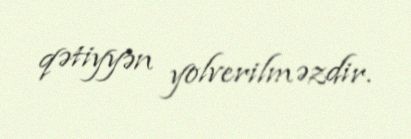
qətiyyən yolverilməzdir.